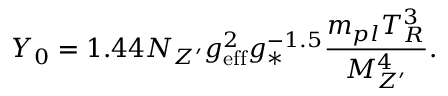
Y _ { 0 } = 1 . 4 4 N _ { Z ^ { \prime } } g _ { \mathrm { e f f } } ^ { 2 } g _ { * } ^ { - 1 . 5 } \frac { m _ { p l } T _ { R } ^ { 3 } } { M _ { Z ^ { \prime } } ^ { 4 } } .